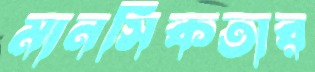
মানসিকতার